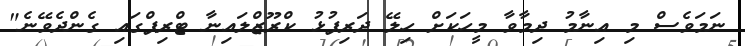
ނަމަވެސް މި އިނާމު ދިމާވާ މީހަކަށް ހިލޭ ދަރިފުޅު ކްރޫޒްލައިނާ ޓްރިޕްގައި ގެންދެވޭނެ"